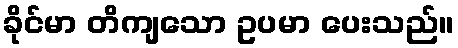
ခိုင်မာ တိကျသော ဥပမာ ပေးသည်။